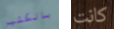
بالكثير كانت